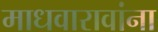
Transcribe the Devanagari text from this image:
माधवारावांना